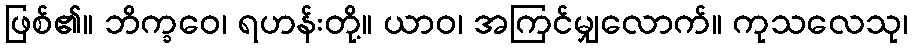
ဖြစ်၏။ ဘိက္ခဝေ၊ ရဟန်းတို့။ ယာဝ၊ အကြင်မျှလောက်။ ကုသလေသု၊